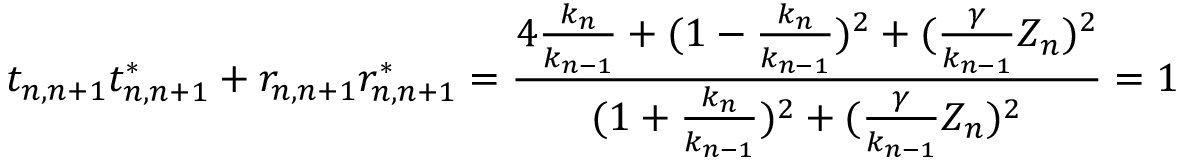
t _ { n , n + 1 } t _ { n , n + 1 } ^ { * } + r _ { n , n + 1 } r _ { n , n + 1 } ^ { * } = \frac { 4 \frac { k _ { n } } { k _ { n - 1 } } + ( 1 - \frac { k _ { n } } { k _ { n - 1 } } ) ^ { 2 } + ( \frac { \gamma } { k _ { n - 1 } } Z _ { n } ) ^ { 2 } } { ( 1 + \frac { k _ { n } } { k _ { n - 1 } } ) ^ { 2 } + ( \frac { \gamma } { k _ { n - 1 } } Z _ { n } ) ^ { 2 } } = 1